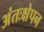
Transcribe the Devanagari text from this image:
अंतःक्षेपन